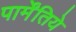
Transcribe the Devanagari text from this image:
पार्मेंतिये